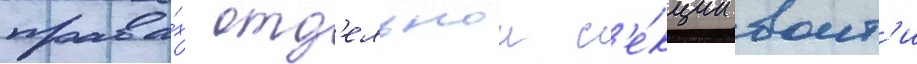
права́х отд'ельнои с'е́кции воит'и